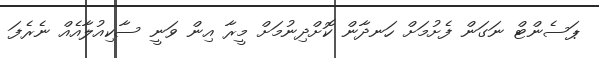
ޕަސެންޓް ނަގަން ފެށުމަށް ހަނދާން ކޮށްދިނުމަށް މީރާ އިން ވަނީ ސާކިއުލާއެއް ނެރެފަ